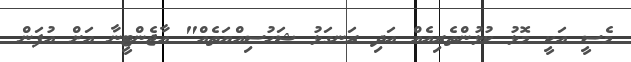
މެސީ އަކީ މޮޅު ކުޅުންތެރިއެއް އަދި ރަނގަޅު ޝަހުސިއްޔަތެއް" އާޖެންޓީނާ އަށް އުފަން